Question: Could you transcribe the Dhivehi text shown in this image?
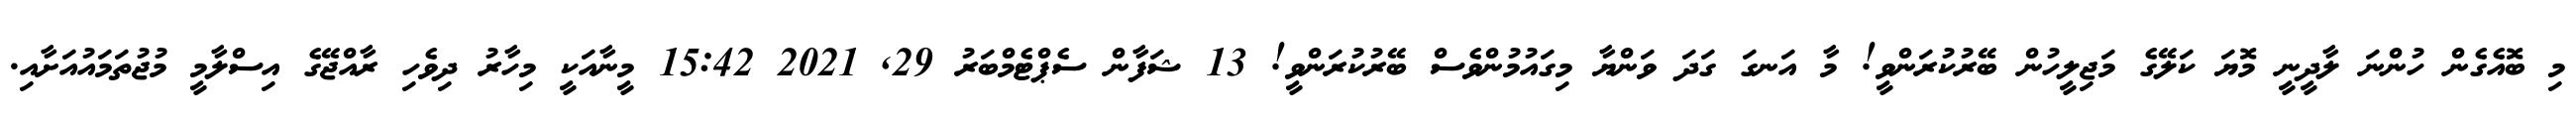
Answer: މި ބޮއެގެން ހުންނަ ލާދީނީ މޮޔަ ކަލޭގެ މަޖިލީހުން ބޭރުކުރަންވީ! މާ އަނގަ ގަދަ ވަންޔާ މިގައުމުންވެސް ބޭރުކުރަންވީ! 13 ޝަފާން ސެޕްޓެމްބަރު 29, 2021 15:42 މީނާއަކީ މިހާރު ދިވެހި ރާއްޖޭގެ އިސްލާމީ މުޖުތަމައުއަށާއި.